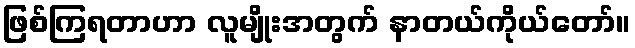
ဖြစ်ကြရတာဟာ လူမျိုးအတွက် နာတယ်ကိုယ်တော်။